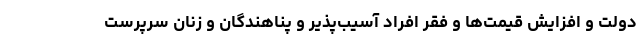
دولت و افزایش قیمت‌ها و فقر افراد آسیب‌پذیر و پناهندگان و زنان سرپرست